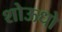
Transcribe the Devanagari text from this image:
शोऊधो